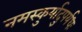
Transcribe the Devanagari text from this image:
नमस्कुर्यादुपर्यधः